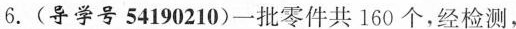
6.（导学号54190210）一批零件共160个，经检测，